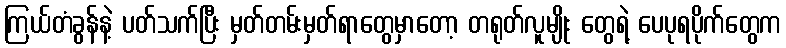
ကြယ်တံခွန်နဲ့ ပတ်သက်ပြီး မှတ်တမ်းမှတ်ရာတွေမှာတော့ တရုတ်လူမျိုး တွေရဲ့ ပေပုရပိုက်တွေက